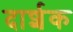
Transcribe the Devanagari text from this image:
दार्शक